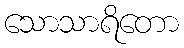
သောသာရိတော